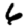
Digit: 6